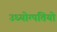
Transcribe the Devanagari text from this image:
उध्योग्पतियो